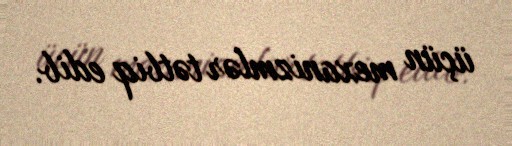
üçün mexanizmlər tətbiq edib.